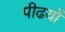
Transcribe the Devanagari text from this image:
पीढयों